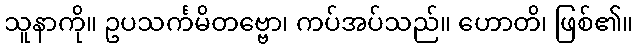
သူနာကို။ ဥပသင်္ကမိတဗ္ဗော၊ ကပ်အပ်သည်။ ဟောတိ၊ ဖြစ်၏။